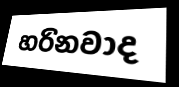
හරිනවාද